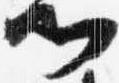
門